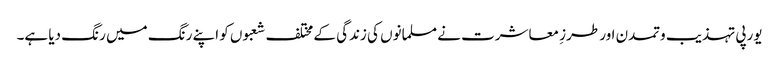
یورپی تہذیب وتمدن اور طرزِ معاشرت نے مسلمانوں کی زندگی کے مختلف شعبوں کو اپنے رنگ میں رنگ دیا ہے۔